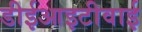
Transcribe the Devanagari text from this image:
डीईआइटीवाई